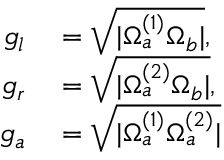
\begin{array} { r l } { g _ { l } } & { { } = \sqrt { | \Omega _ { a } ^ { ( 1 ) } \Omega _ { b } | } , } \\ { g _ { r } } & { { } = \sqrt { | \Omega _ { a } ^ { ( 2 ) } \Omega _ { b } | } , } \\ { g _ { a } } & { { } = \sqrt { | \Omega _ { a } ^ { ( 1 ) } \Omega _ { a } ^ { ( 2 ) } | } } \end{array}